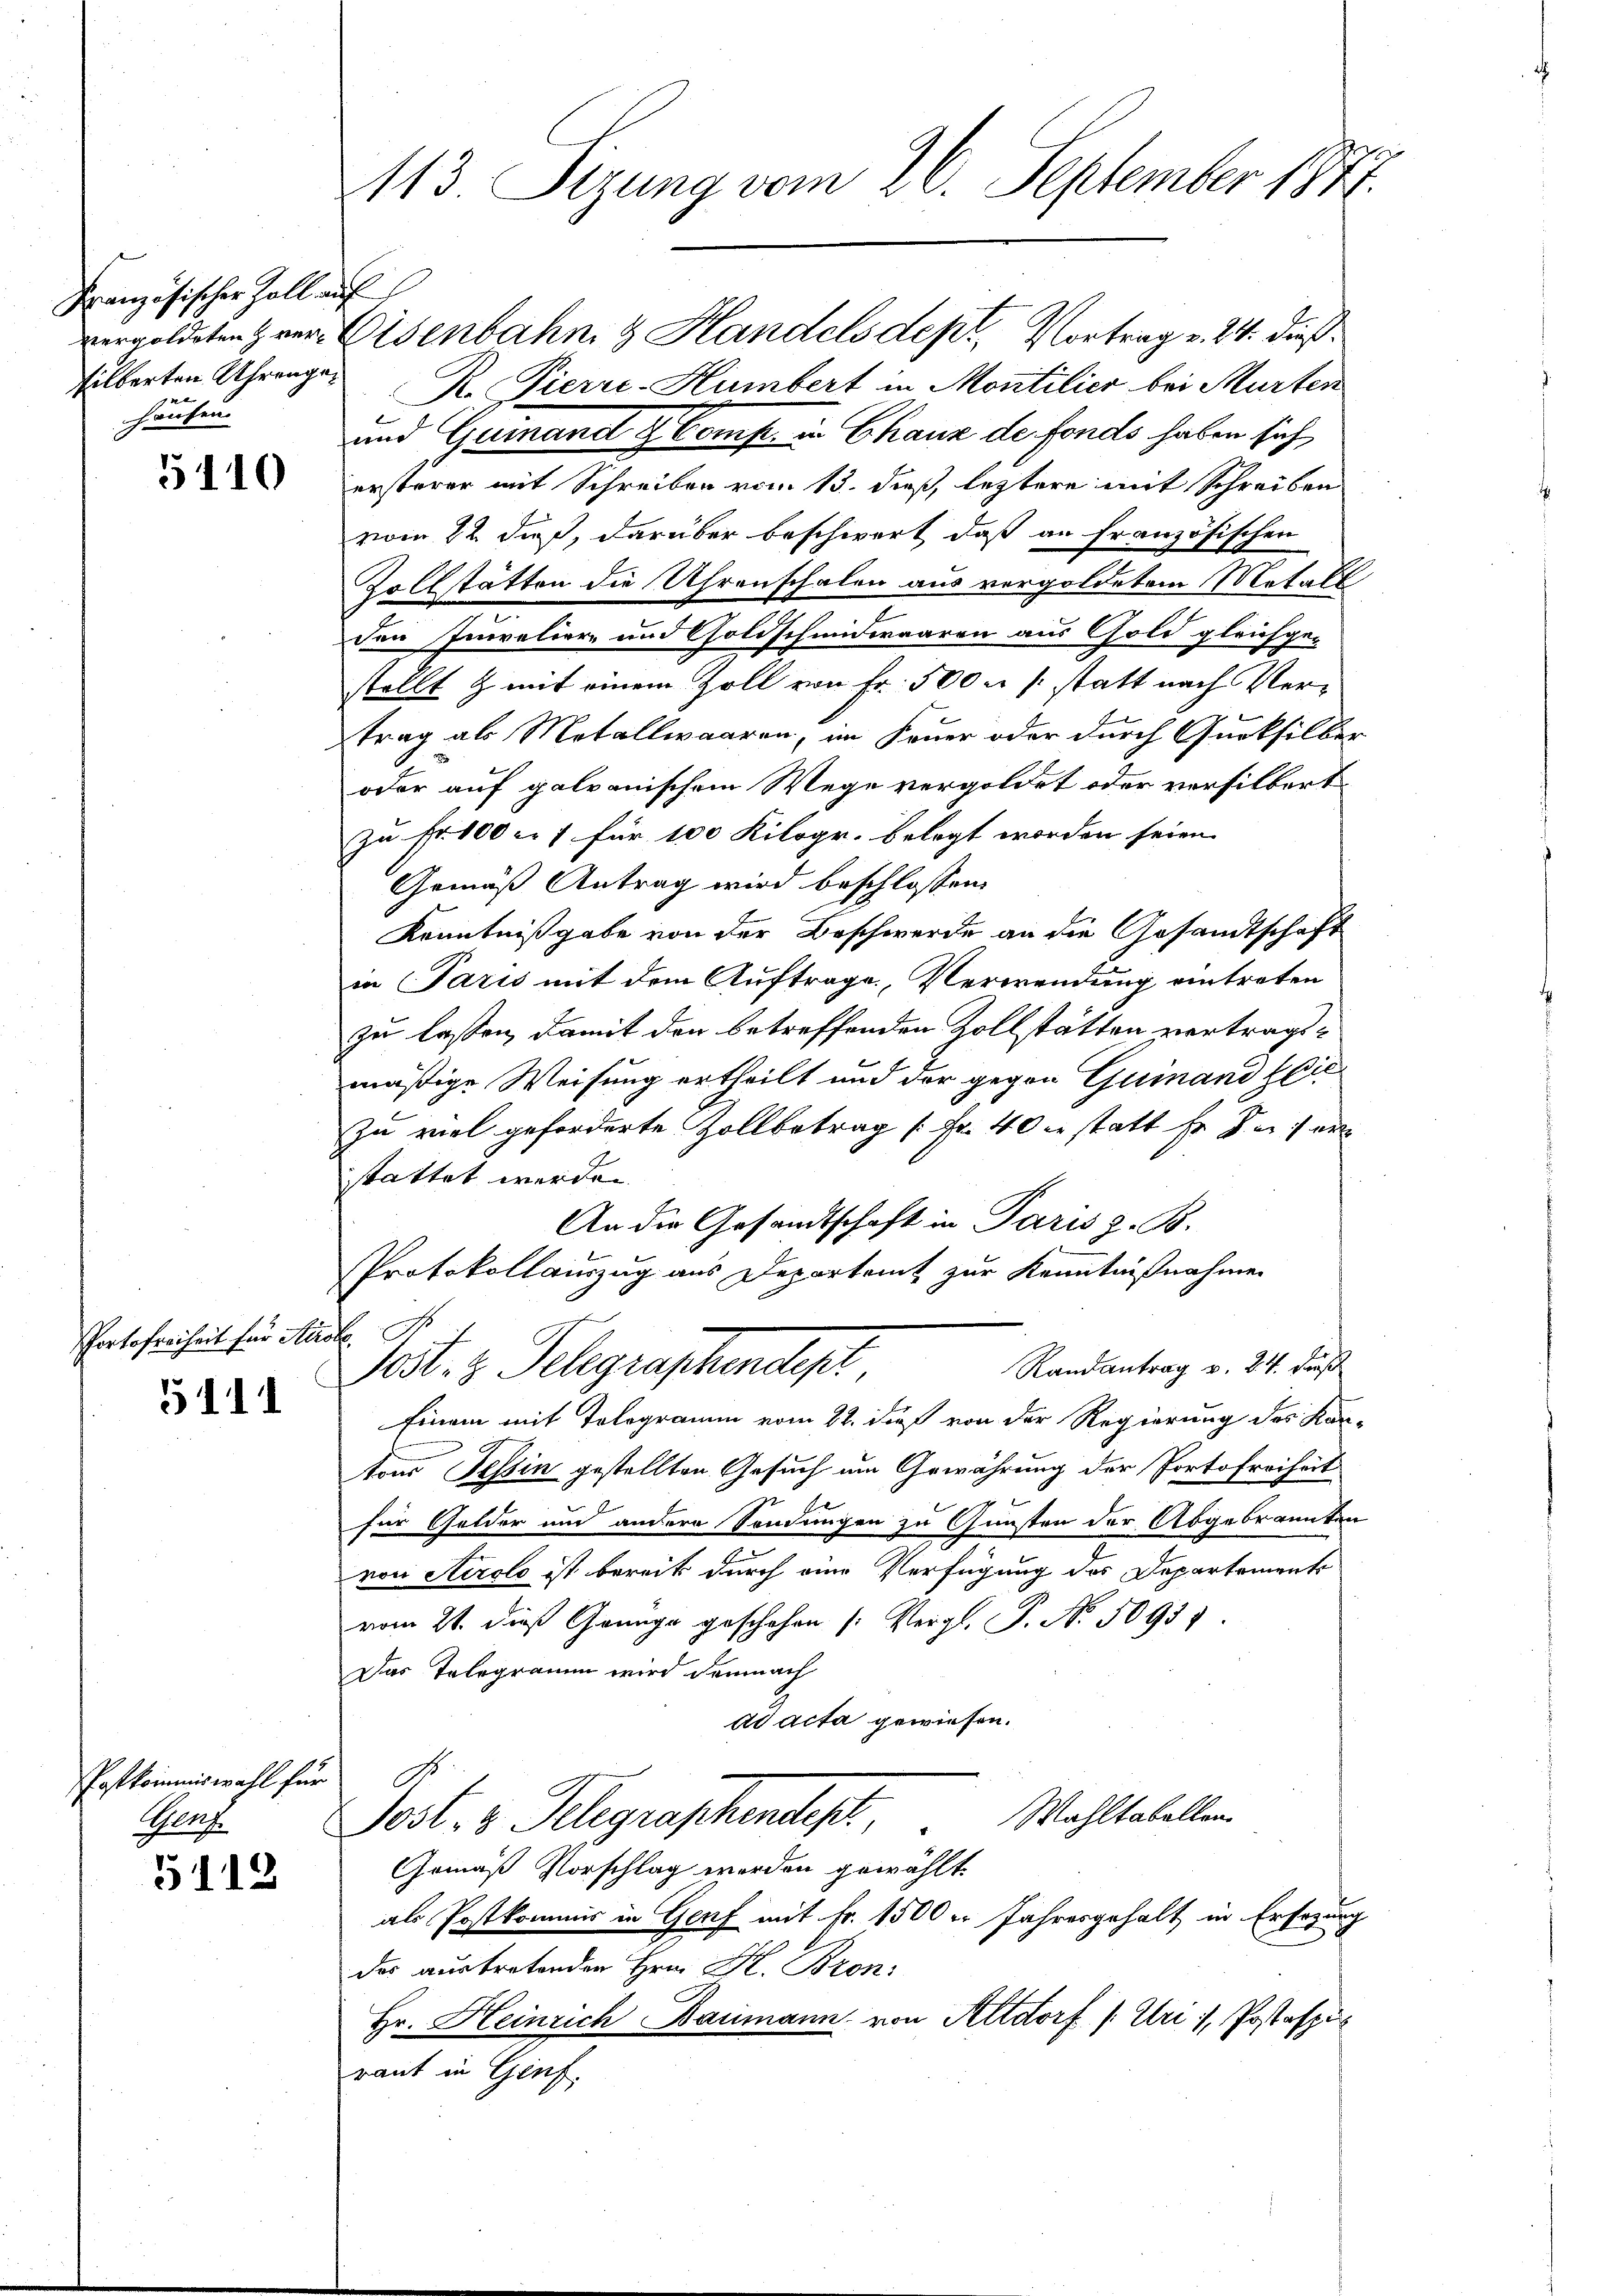
Französischer Zoll auf
silberten Uhrengehausen.

5110

Portofreiheit für Stro

5111

Postkommiswahl für
Mons.

5112

1113. Sizung vom 26. September 1874.

vergoldeten Hrer Eisenbahn & Handels dept. Vortrag v. 24. dieß¬
R. Pierre-Hümbert in Montilier bei Murten
und Geinand & Comp. in Chaux de fonds haben sich
ersterer mit Schreiben von 13. dieß, letztere mit Schreiben
vom 22. daß, darüber beschwert, daß an französischen
ollstätten die Uhrenschalen aus vergoldetem Metall
den Invaliere und Goldschmidwaaren aus Gold gleichge-
stellt & mit einem Zoll von Fr. 500 r /: statt nach Vertrag als Metallwaaren, im Feuer oder durch Gurksilber
oder auf galvanischem Wege vergoldet oder versilbert
zu Fr. 100 c. 1 für 100 Kilogr. belegt worden seien.
Gemäß Antrag wird beschlossen:
Kenntnißgabe von der Beschwerde an die Gesandtschaft
in Paris mit dem Auftrage, Verwendung eintreten
zu lassen, damit den betreffenden Zollstätten vertragsmäßige Weisung ertheilt und der gegen Guinand hi
zu viel geforderte Zollbetrag [Fr. 40 xr statt Er des er
stattet werden.
An die Gesandtschaft in Paris z. B.
Protokollauszug aus Departeit zur Kenntnißnahmen
Randantrag v. 24. dieß
Tat. v. Telegrapheneigt,
Einam mit Tologramm vom 22. dieß von der Regierung des Kanton Tessin gestellten Gesuch um Gewährung der Portofreiheit
für Gelder und andere Sendungen zu Gunsten der Abgebrannten
von Airolo ist bereits durch eine Verfügung des Departemente
vom 21. dieß Genüge geschehen (Vergl. P. Nr. 50951
Das Telegramm wird demnach
ad acta gewiesen.
A
Wahltabellen.
Post- & Gelegraphendet,
Gemäß Vorschlag werden gewählt.
als Postkommis in Genf mit Fr. 1500 er Jahresgehalt in Ersezung
das austretenden Hrn. H. Bron:
Hr. Heinrich Baumann von Altdorf (Uri), Postspiel
raut in Genf.